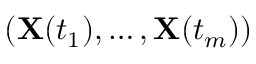
( \mathbf { X } ( t _ { 1 } ) , \ldots , \mathbf { X } ( t _ { m } ) )